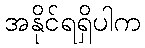
အနိုင်ရရှိပါက